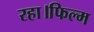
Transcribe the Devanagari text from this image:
रहा।फिल्म